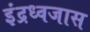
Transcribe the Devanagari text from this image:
इंद्रध्वजास